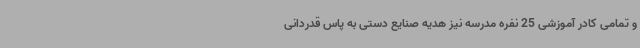
و تمامی کادر آموزشی 25 نفره مدرسه نیز هدیه صنایع دستی به پاس قدردانی